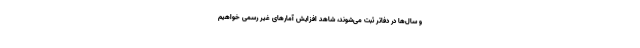
و سال‌ها در دفاتر ثبت می‌شوند، شاهد افزایش آمارهای غیر رسمی خواهیم